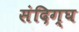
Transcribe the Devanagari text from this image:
संदिग्घ